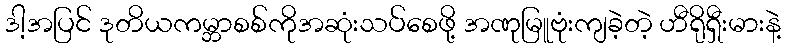
ဒါ့အပြင် ဒုတိယကမ္ဘာစစ်ကိုအဆုံးသပ်စေဖို့ အဏုမြူဗုံးကျခဲ့တဲ့ ဟီရိုရှီးမားနဲ့